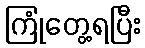
ကြုံတွေ့ရပြီး